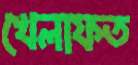
খেলাফত